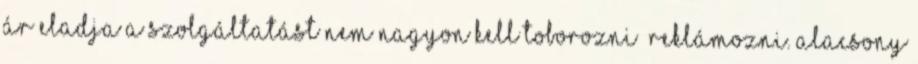
ár eladja a szolgáltatást nem nagyon kell toborozni reklámozni. Alacsony